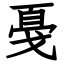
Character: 戞